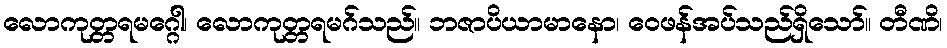
လောကုတ္တရမဂ္ဂေါ၊ လောကုတ္တရမဂ်သည်။ ဘဇာပိယာမာနော၊ ဝေဖန်အပ်သည်ရှိသော်။ တီဏိ၊